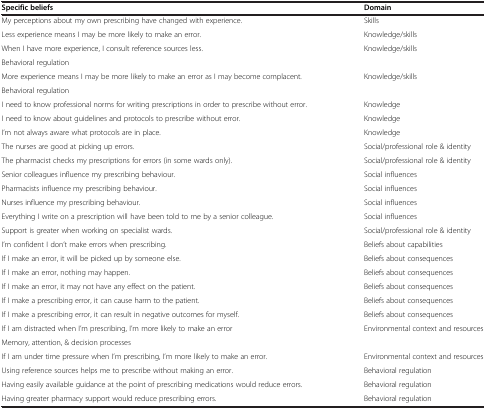
<table><thead><tr><td><b>Specific beliefs</b></td><td><b>Domain</b></td></tr></thead><tbody><tr><td>My perceptions about my own prescribing have changed with experience.</td><td>Skills</td></tr><tr><td>Less experience means I may be more likely to make an error.</td><td>Knowledge/skills</td></tr><tr><td>When I have more experience, I consult reference sources less.</td><td>Knowledge/skills</td></tr><tr><td>Behavioral regulation</td><td> </td></tr><tr><td>More experience means I may be more likely to make an error as I may become complacent.</td><td>Knowledge/skills</td></tr><tr><td>Behavioral regulation</td><td> </td></tr><tr><td>I need to know professional norms for writing prescriptions in order to prescribe without error.</td><td>Knowledge</td></tr><tr><td>I need to know about guidelines and protocols to prescribe without error.</td><td>Knowledge</td></tr><tr><td>I’m not always aware what protocols are in place.</td><td>Knowledge</td></tr><tr><td>The nurses are good at picking up errors.</td><td>Social/professional role &amp; identity</td></tr><tr><td>The pharmacist checks my prescriptions for errors (in some wards only).</td><td>Social/professional role &amp; identity</td></tr><tr><td>Senior colleagues influence my prescribing behaviour.</td><td>Social influences</td></tr><tr><td>Pharmacists influence my prescribing behaviour.</td><td>Social influences</td></tr><tr><td>Nurses influence my prescribing behaviour.</td><td>Social influences</td></tr><tr><td>Everything I write on a prescription will have been told to me by a senior colleague.</td><td>Social influences</td></tr><tr><td>Support is greater when working on specialist wards.</td><td>Social/professional role &amp; identity</td></tr><tr><td>I’m confident I don’t make errors when prescribing.</td><td>Beliefs about capabilities</td></tr><tr><td>If I make an error, it will be picked up by someone else.</td><td>Beliefs about consequences</td></tr><tr><td>If I make an error, nothing may happen.</td><td>Beliefs about consequences</td></tr><tr><td>If I make an error, it may not have any effect on the patient.</td><td>Beliefs about consequences</td></tr><tr><td>If I make a prescribing error, it can cause harm to the patient.</td><td>Beliefs about consequences</td></tr><tr><td>If I make a prescribing error, it can result in negative outcomes for myself.</td><td>Beliefs about consequences</td></tr><tr><td>If I am distracted when I’m prescribing, I’m more likely to make an error</td><td>Environmental context and resources</td></tr><tr><td>Memory, attention, &amp; decision processes</td><td> </td></tr><tr><td>If I am under time pressure when I’m prescribing, I’m more likely to make an error.</td><td>Environmental context and resources</td></tr><tr><td>Using reference sources helps me to prescribe without making an error.</td><td>Behavioral regulation</td></tr><tr><td>Having easily available guidance at the point of prescribing medications would reduce errors.</td><td>Behavioral regulation</td></tr><tr><td>Having greater pharmacy support would reduce prescribing errors.</td><td>Behavioral regulation</td></tr></tbody></table>